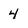
Character: 4